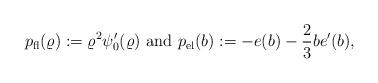
LaTeX: \begin{align*} p_{\textrm{fl}}(\varrho):= \varrho^2 \psi_0'(\varrho) \textrm{ and } p_{\textrm{el}}(b):= - e(b) - \frac{2}{3} b e'(b), \end{align*}